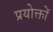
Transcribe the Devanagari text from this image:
प्रयोक्तों